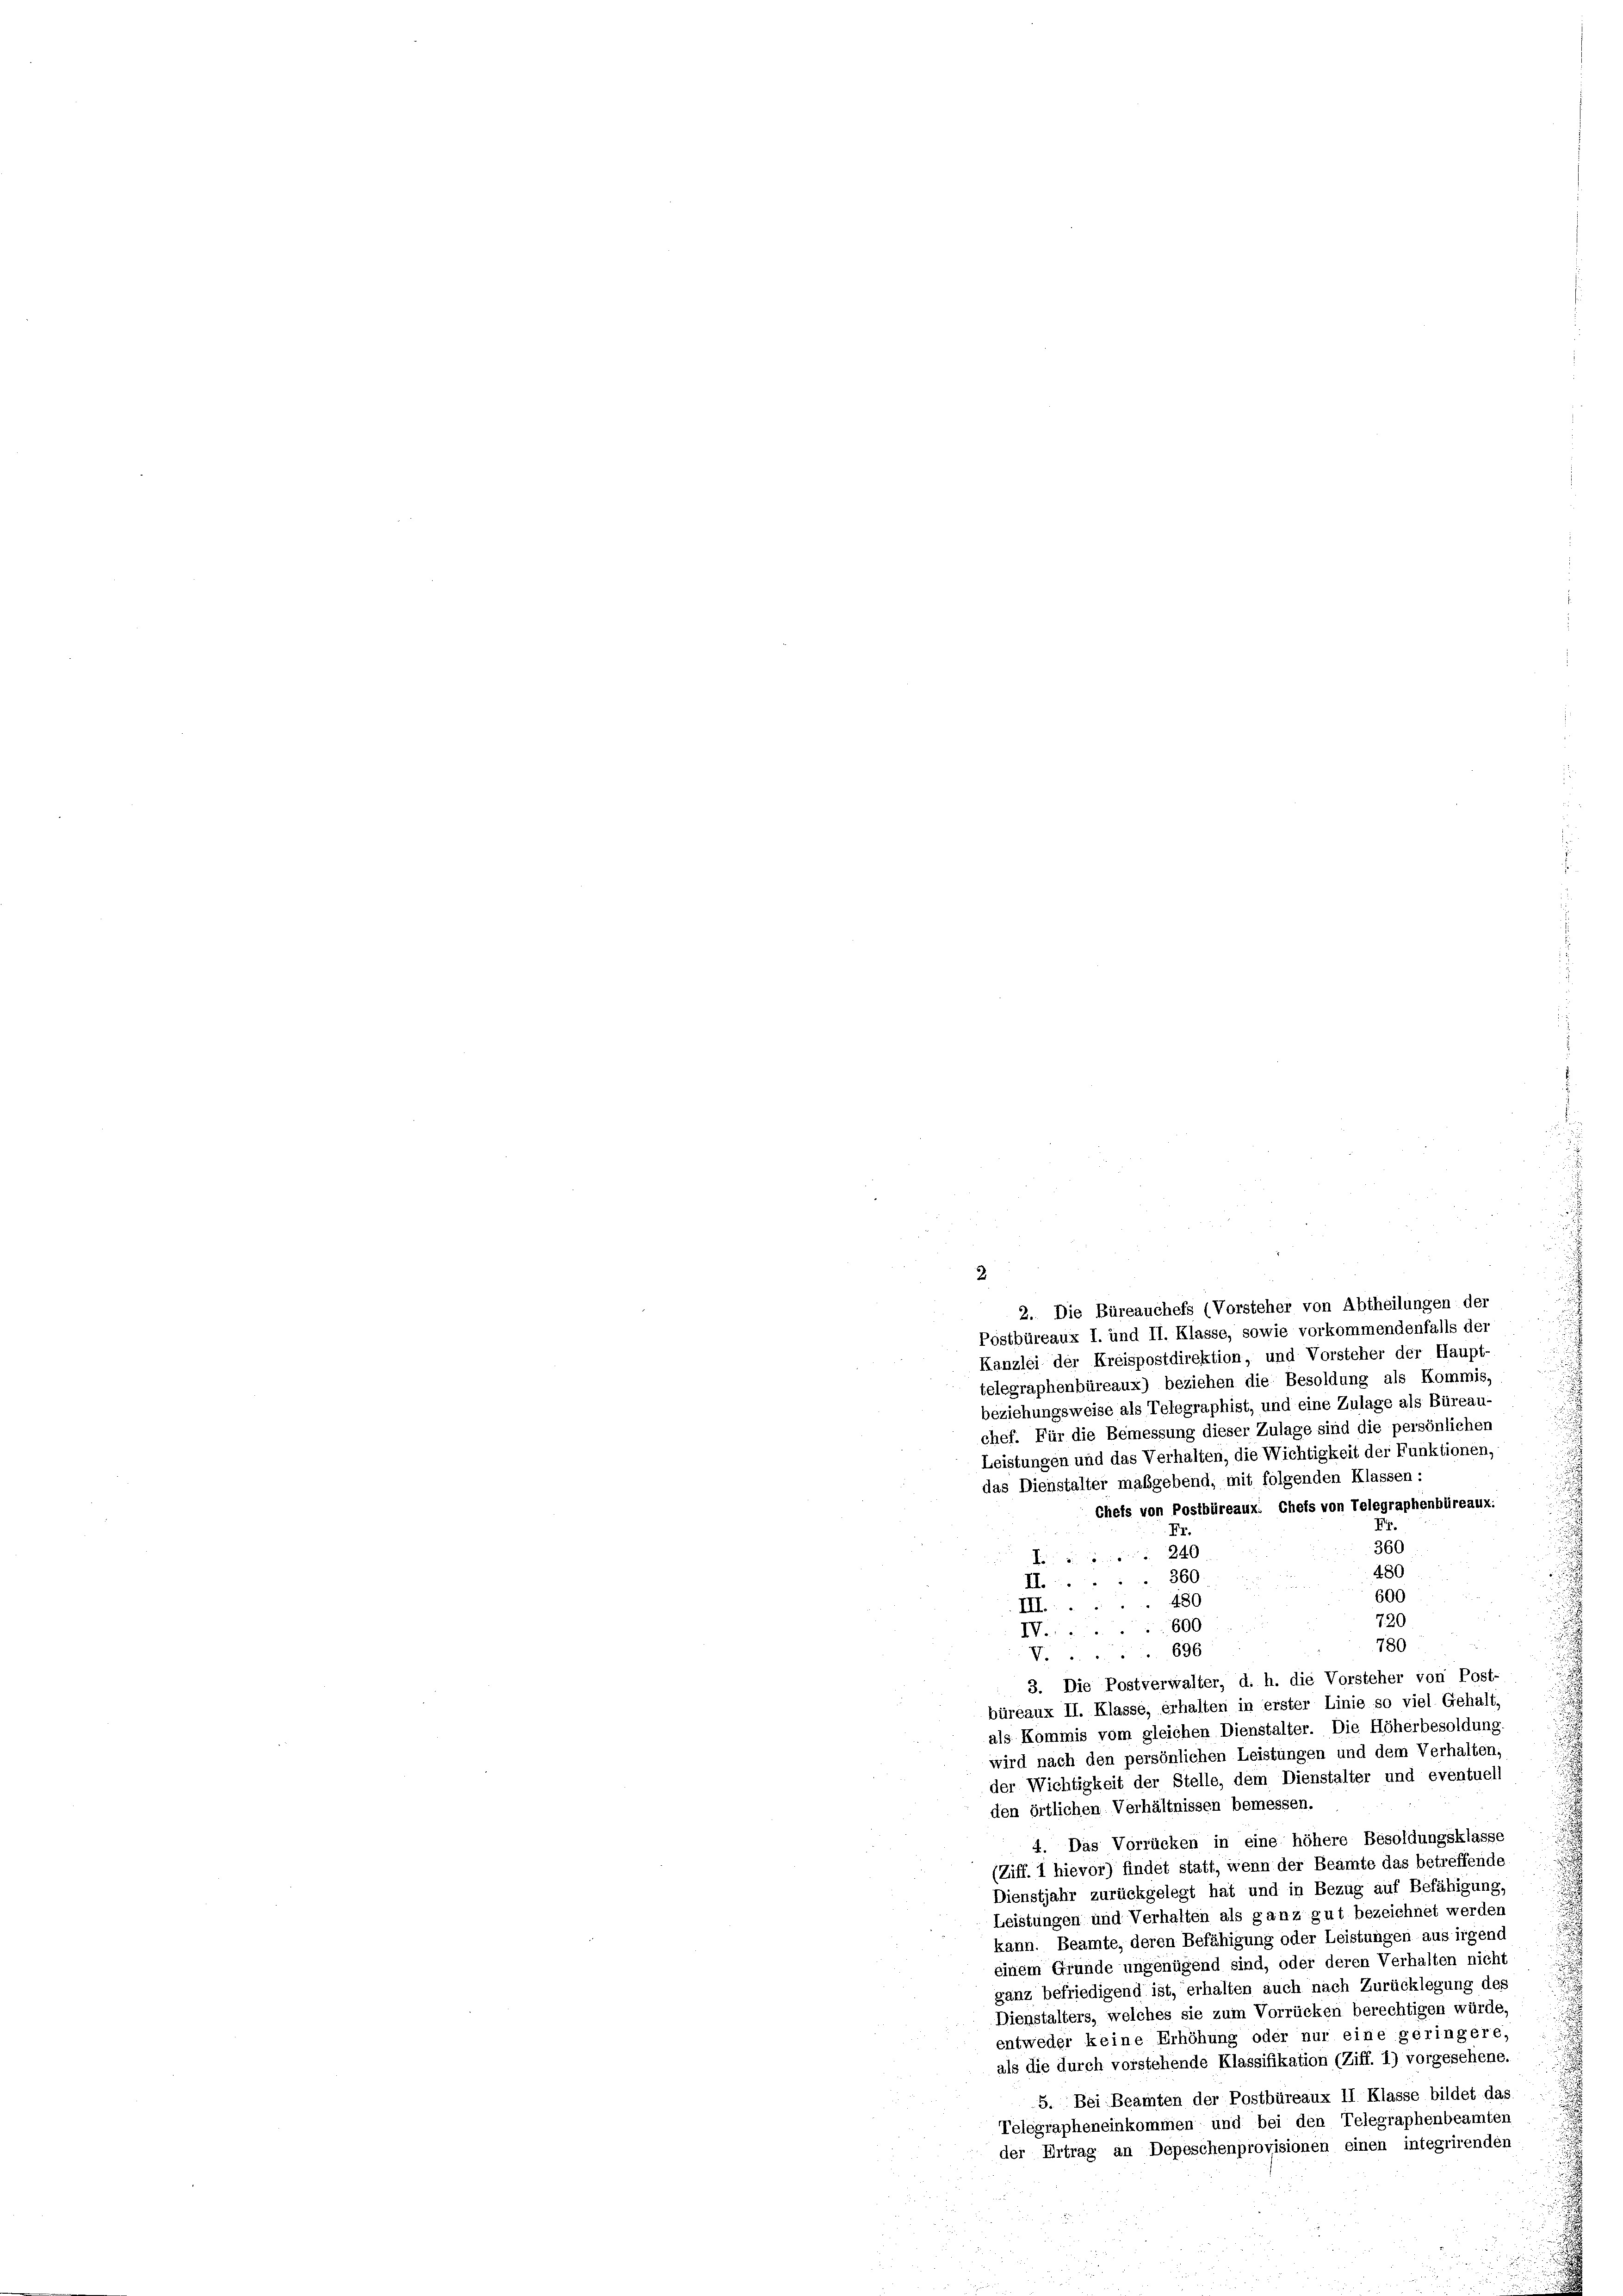
2

2. Die Büreauchefs (Vorsteher von Abtheilungen der
Postbüreaux I. und II. Klasse, sowie vorkommendenfalls der
Kanzlei der Kreispostdirektion, und Vorsteher der Haupt-
telegraphenbüreaux) beziehen die Besoldung als Kommis,
beziehungsweise als Telegraphist, und eine Zulage als Büreau-
chef. Für die Bemessung dieser Zulage sind die persönlichen
Leistungen und das Verhalten, die Wichtigkeit der Funktionen,
das Dienstalter maßgebend, mit folgenden Klassen:
Cheis von Postbüreaux. Chets von Telegraphenbüreaux:
Fr.
Fr.
360
240

480
I360
600
480
III.
720
600
IV.
780
 696
V.
3. Die Postverwalter, d. h. die Vorsteher von Post-
büreaux II. Klasse, erhalten in erster Linie so viel. Gehalt,
als Kommis vom gleichen Dienstalter. Die Höherbesoldung.
wird nach den persönlichen Leistungen und dem Verhalten,
der Wichtigkeit der Stelle, dem Dienstalter und eventuell
den örtlichen Verhältnissen bemessen.
4. Das Vorrücken in eine höhere Besoldungsklasse
(Ziff. 1 hievor) findet statt, wenn der Beamte das betreffende
Dienstjahr zurückgelegt hat und in Bezug auf Befähigung.
Leistungen und Verhalten als ganz gut bezeichnet werden
kann. Beamte, deren Befähigung oder Leistungen aus irgend
einem Gründe ungenügend sind, oder deren Verhalten nicht
ganz befriedigend ist, erhalten auch nach Zurücklegung des
Dienstalters, welches sie zum Vorrücken berechtigen würde,
entweder keine Erhöhung oder nur eine geringere,
als die durch vorstehende Klassifikation (Ziff. 1) vorgesehene.
5. Bei Beamten der Postbüreaux II Klasse bildet das
Telegrapheneinkommen und bei den Telegraphenbeamten
der Ertrag an Depeschenprovisionen einen integrirenden